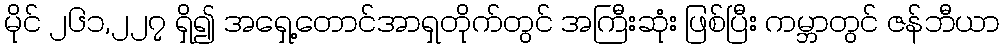
မိုင် ၂၆၁,၂၂၇ ရှိ၍ အရှေ့တောင်အာရှတိုက်တွင် အကြီးဆုံး ဖြစ်ပြီး ကမ္ဘာတွင် ဇန်ဘီယာ